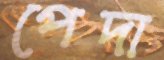
পেদা